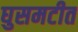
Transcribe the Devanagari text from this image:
घुसमटीत